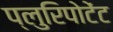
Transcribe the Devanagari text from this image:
प्लुरिपोटेंट